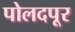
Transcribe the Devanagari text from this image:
पोलदपूर